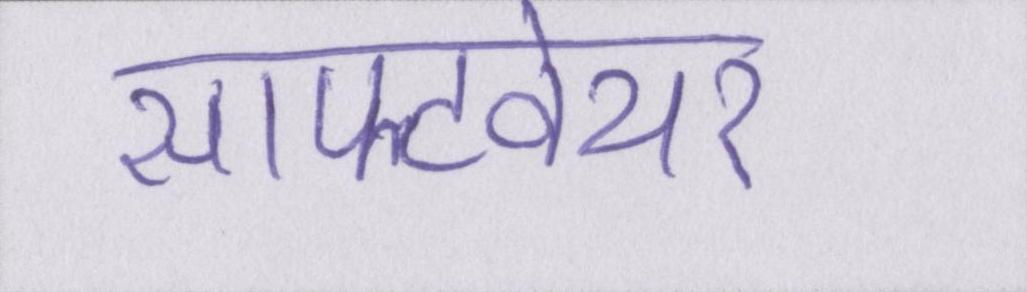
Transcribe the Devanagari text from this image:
सॉफ्टवेयर